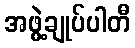
အဖွဲ့ချုပ်ပါတီ